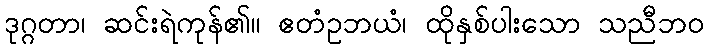
ဒုဂ္ဂတာ၊ ဆင်းရဲကုန်၏။ ဧတံဥဘယံ၊ ထိုနှစ်ပါးသော သညီဘဝ